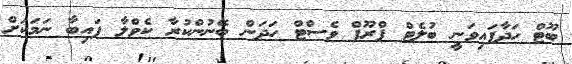
ބޫޓް ހަދާފައިވަނީ ބުލެޓް ޕްރޫފް ވެސްޓް ހަދަން ބޭނުންކުރާ ކެވްލާ ފައިބާ ނަމަކަށް